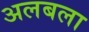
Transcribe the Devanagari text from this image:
अलबला